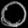
Digit: ၀